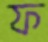
ফ